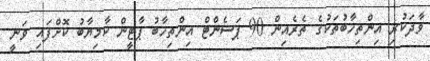
ވާދަކުރި އިންތިހާބުތަކުގެ ތެރެއިން 90 ޕަސެންޓް އިންތިހާބު ޕާޓީން ކާމިޔާބު ކޮށްފައި ވަނީ